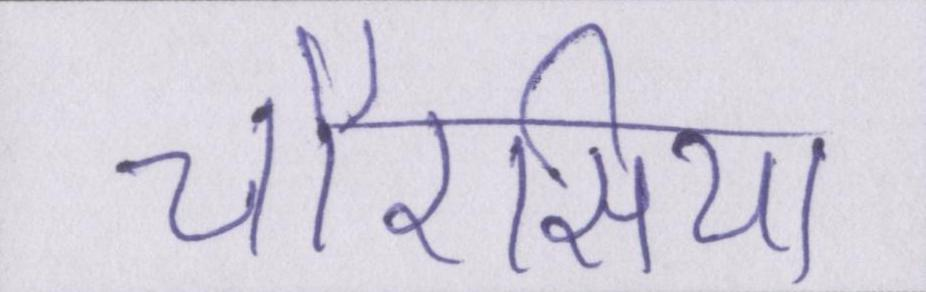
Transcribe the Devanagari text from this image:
चौरसिया